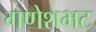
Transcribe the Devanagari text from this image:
गणेशभट